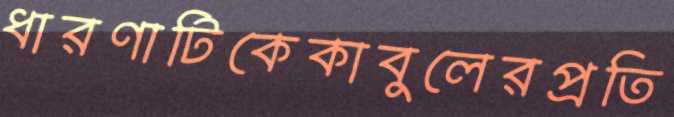
ধারণাটিকেকাবুলেরপ্রতি